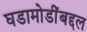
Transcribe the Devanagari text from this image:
घडामोडींबद्दल